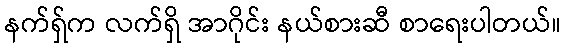
နက်ရှ်က လက်ရှိ အာဂိုင်း နယ်စားဆီ စာရေးပါတယ်။